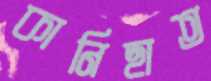
কানিছাত